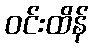
ဝင်းထိန်